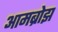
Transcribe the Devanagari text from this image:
आमब्रोझ